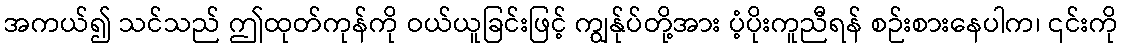
အကယ်၍ သင်သည် ဤထုတ်ကုန်ကို ဝယ်ယူခြင်းဖြင့် ကျွန်ုပ်တို့အား ပံ့ပိုးကူညီရန် စဉ်းစားနေပါက၊ ၎င်းကို